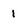
Character: 1